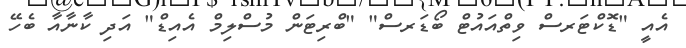
އެއީ "ޑޮކްޓަރސް ވިތްއައުޓް ބޯޑަރސް" "ބްރިޓަން މުސްލިމް އެއިޑް" އަދި ކާނާއާ ބެހޭ